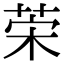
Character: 𦯕